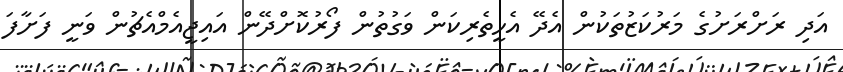
އަދި ރަށްރަށުގެ މަރުކަޒުތަކުން އެދޭ އެހީތެރިކަން ވަގުތުން ފޯރުކޮށްދޭން އައިޖީއެމްއެޗުން ވަނީ ފަށާފަ